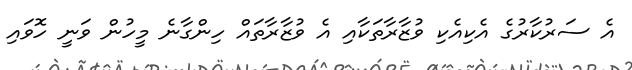
އެ ސަރުކާރުގެ އެކިއެކި ވުޒާރާތަކާއި އެ ވުޒާރާތައް ހިންގާނެ މީހުން ވަނީ ހޮވައި